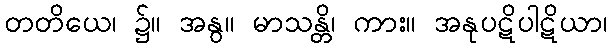
တတိယေ၊ ၌။ အနွ။ မာသန္တိ၊ ကား။ အနုပဋိပါဋိယာ၊